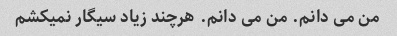
من می دانم. من می دانم. هرچند زیاد سیگار نمیکشم